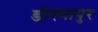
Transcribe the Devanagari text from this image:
डोरमापुर